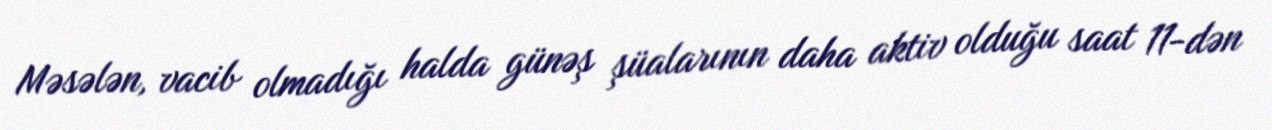
Məsələn, vacib olmadığı halda günəş şüalarının daha aktiv olduğu saat 11-dən